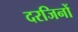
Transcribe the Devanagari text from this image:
दरजिनों